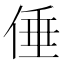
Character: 倕